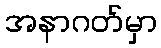
အနာဂတ်မှာ